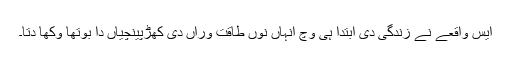
ایس واقعے نے زندگی دی ابتدا ہی وچ انہاں نوں طاقت وراں دی کھڑپینچیاں دا بوتھا وکھا دتا۔